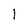
Character: 1